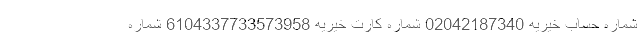
شماره حساب خیریه 02042187340 شماره کارت خیریه 6104337733573958 شماره